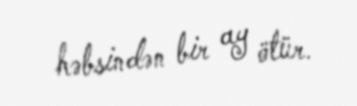
həbsindən bir ay ötür.